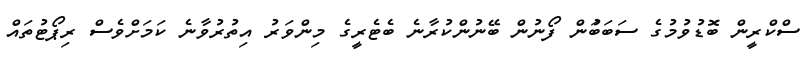
ސްކްރީން ބޮޑުވުމުގެ ސަބަބަުން ފޯނުން ބޭނުންކުރާނެ ބެޓެރީގެ މިންވަރު އިތުރުވާނެ ކަމަށްވެސް ރިޕޯޓުތައް